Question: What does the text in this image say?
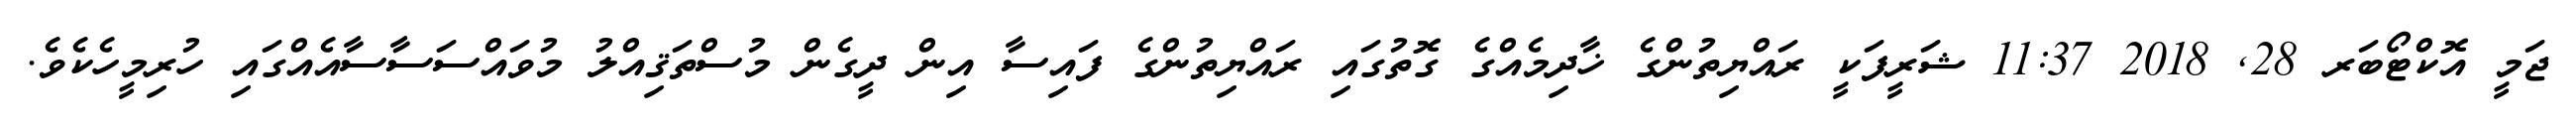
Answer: ޖަމީ އޮކްޓޯބަރ 28, 2018 11:37 ޝަރީފަކީ ރައްޔިތުންގެ ޚާދިމެއްގެ ގޮތުގައި ރައްޔިތުންގެ ފައިސާ އިން ދީގެން މުސްތަޤިއްލު މުވައްސަސާސާއެއްގައި ހުރިމީހެކެވެ.